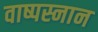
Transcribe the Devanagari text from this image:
वाष्पस्नान